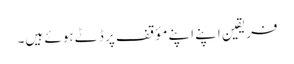
فریقین اپنے اپنے مؤقف پر ڈٹے ہوئے ہیں۔